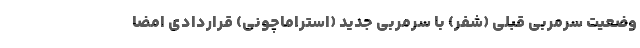
وضعیت سرمربی قبلی (شفر) با سرمربی جدید (استراماچونی) قراردادی امضا